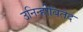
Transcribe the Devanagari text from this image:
उनिन्हीबितेद